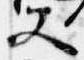
又